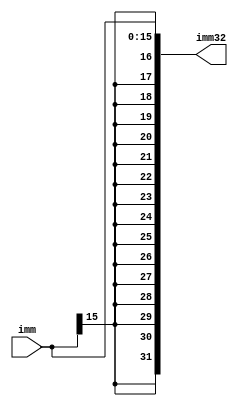
`timescale 1ns / 1ps
//////////////////////////////////////////////////////////////////////////////////
// Company: 
// Engineer: 
// 
// Design Name: 
// Module Name: immExtender
// Project Name: 
// Target Devices: 
// Tool Versions: 
// Description: 
// 
// Dependencies: 
// 
// Revision:
// Revision 0.01 - File Created
// Additional Comments:
// 
//////////////////////////////////////////////////////////////////////////////////


module immExtender(
    input wire [15:0] imm, 
    output reg [31:0] imm32 

    );
    always @(*) begin 
    //n = 32'h00000000;
    // imm32 = {(16*(imm[15])), imm};
    imm32 = {{16{imm[15]}}, imm}; // sign extension of imm32 + imm
     
    end 
endmodule